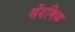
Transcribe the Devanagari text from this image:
सेंदमिळ